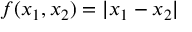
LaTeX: f ( x _ { 1 } , x _ { 2 } ) = | x _ { 1 } - x _ { 2 } |